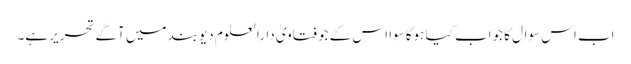
اب اس سوال کا جواب کیا ہوگا سوا اس کے جو فتاویٰ دارالعلوم دیوبند میں آگے تحریر ہے۔